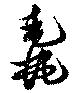
毳